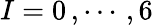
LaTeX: I=0\, ,\cdots\, ,6